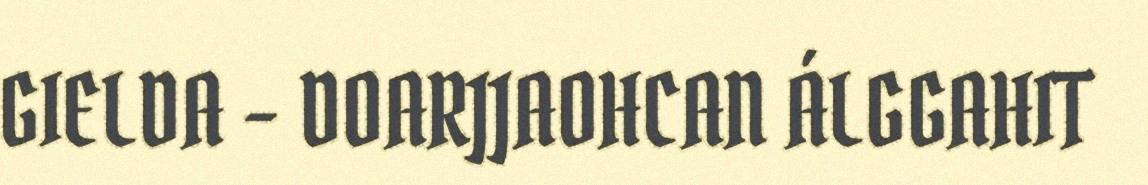
GIELDA - DOARJJAOHCAN ÁLGGAHIT